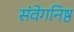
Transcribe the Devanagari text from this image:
संवेगनिष्ठ